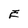
Character: E